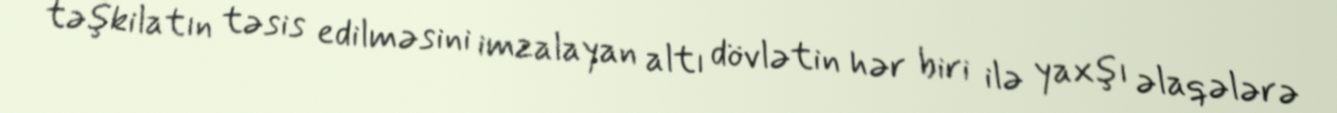
təşkilatın təsis edilməsini imzalayan altı dövlətin hər biri ilə yaxşı əlaqələrə